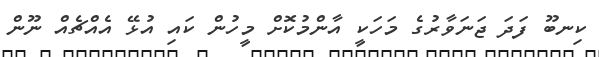
ކިނބޫ ފަދަ ޖަނަވާރުގެ މަހަކީ އާންމުކޮށް މީހުން ކައި އުޅޭ އެއްޗެއް ނޫން